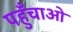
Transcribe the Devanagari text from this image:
पहुँचाओ